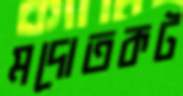
মদোতকট